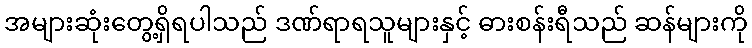
အများဆုံးတွေ့ရှိရပါသည် ဒဏ်ရာရသူများနှင့် ဓားစန်းရီသည် ဆန်များကို